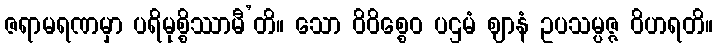
ဇရာမရဏမှာ ပရိမုစ္စိဿာမီ’တိ။ သော ဝိဝိစ္စေဝ ပဌမံ ဈာနံ ဥပသမ္ပဇ္ဇ ဝိဟရတိ။